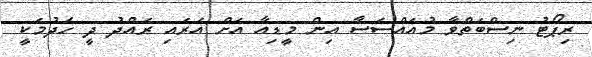
ރިޕޯޓު ނިސްބަތްވާ މުއައްސަސާ އިން މީޑިއާ އަށް އަރައި ރައްދު ދީ ހެދުމަކީ